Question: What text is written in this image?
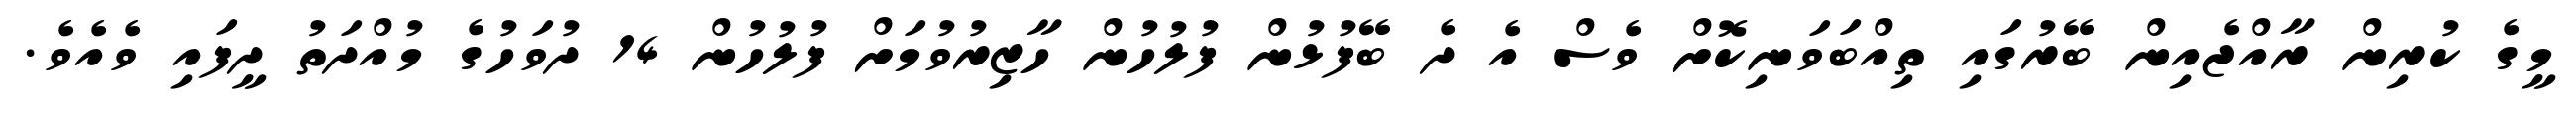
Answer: މީގެ ކުރިން ރާއްޖެއިން ބޭރުގައި ތިއްބަވަނިކޮށް ވެސް އެ ދެ ބޭފުޅުން ފުލުހުން ހާޒިރުވުމަށް ފުލުހުން 14 ދުވަހުގެ މުއްދަތު ދީފައި ވެއެވެ.